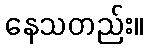
နေသတည်း။